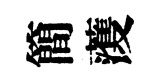
簡𮑮